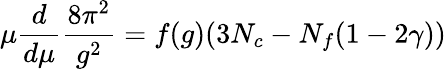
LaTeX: \mu\frac{d}{d\mu}\frac{8\pi^{2}}{g^{2}}=f(g)(3N_{c}-N_{f}(1-2\gamma))